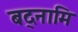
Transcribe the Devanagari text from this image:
बद्नामि